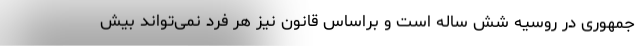
جمهوری در روسیه شش ساله است و براساس قانون نیز هر فرد نمی‌تواند بیش